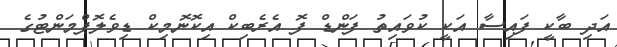
އަދި ބާކީ ފައިސާ އަކީ ކުވައިތު ފަންޑް ފޮ އެރެބިކް އިކޮނޮމިކް ޑިވެލޮޕްމަންޓުގެ